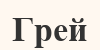
Грей